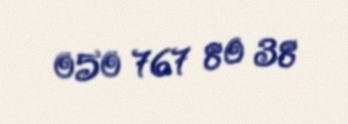
050 767 80 38